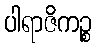
ပါရာဇိကဉ္စ